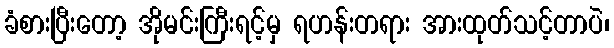
ခံစားပြီးတော့ အိုမင်းကြီးရင့်မှ ရဟန်းတရား အားထုတ်သင့်တာပဲ၊